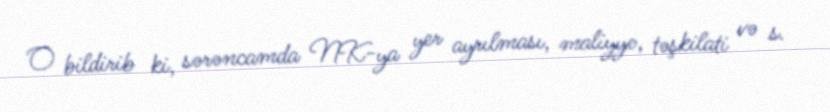
O bildirib ki, sərəncamda NK-ya yer ayrılması, maliyyə, təşkilati və s.